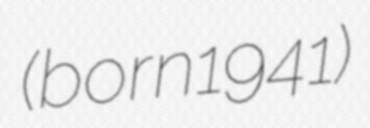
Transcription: (born 1941)